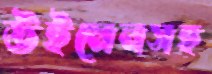
উইমেনসহ